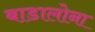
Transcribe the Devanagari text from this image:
बाडालोना